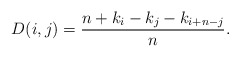
\begin{align*} D(i,j)=\frac{n + k_i - k_j - k_{i+n-j}}{n}.\end{align*}